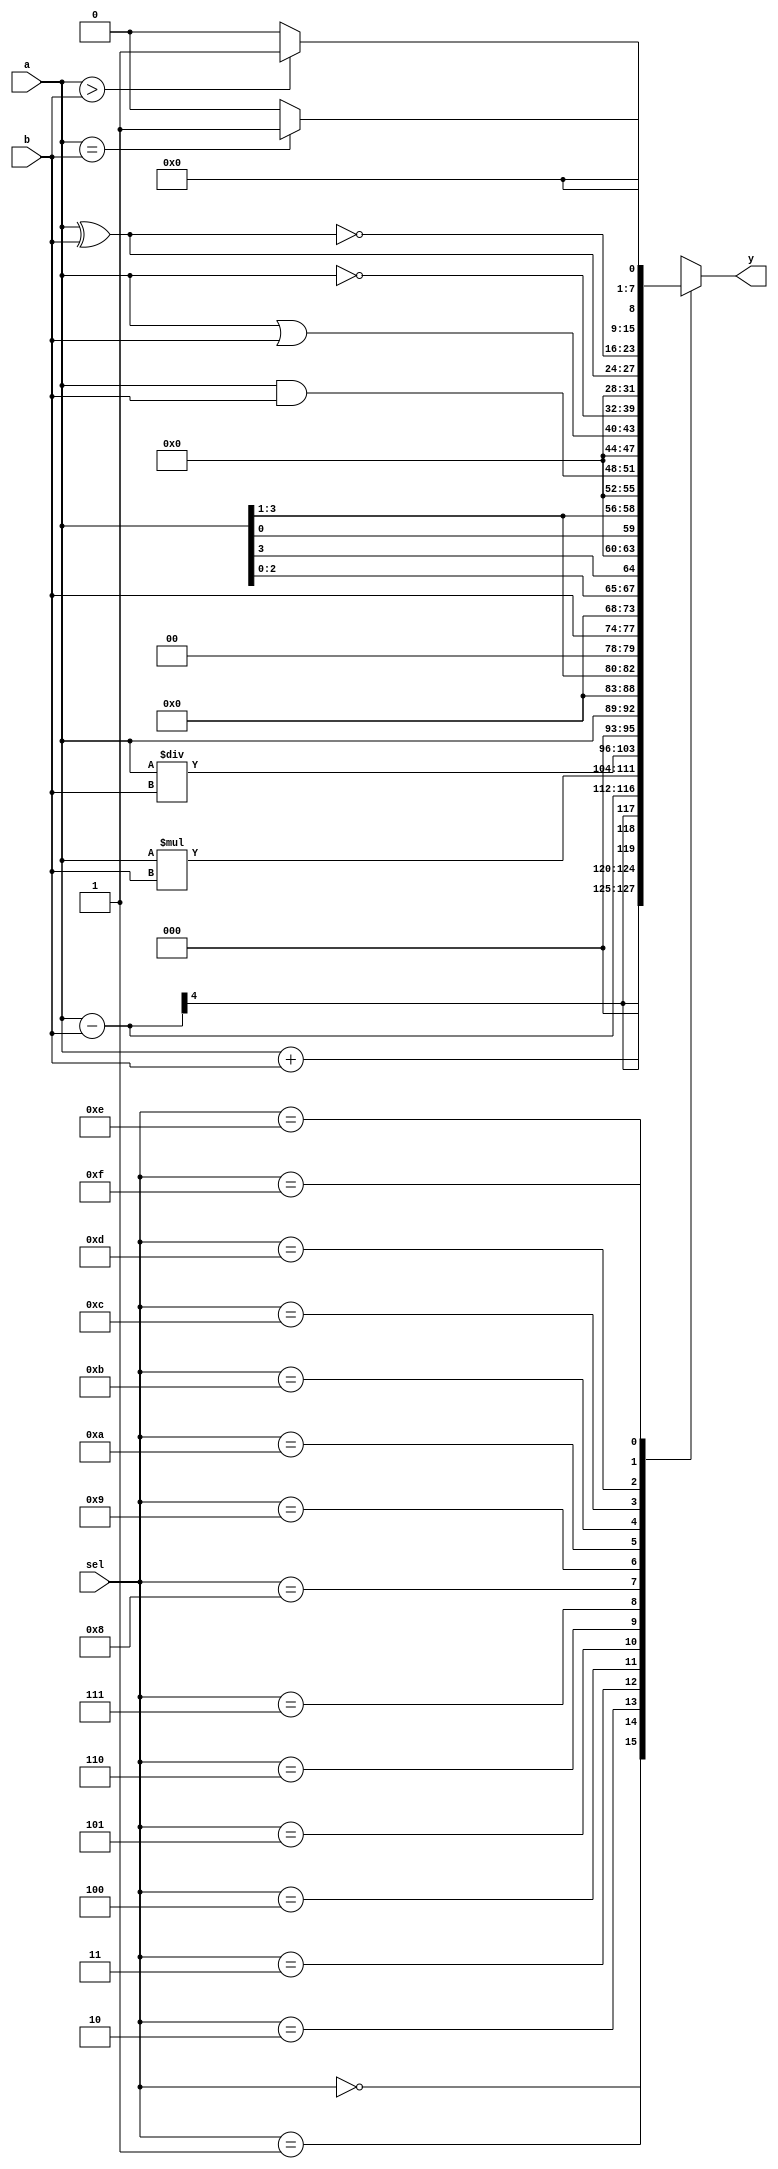
`timescale 1ns / 1ps

module alu_impl(
    input [3:0] a,
    input [3:0] b,
    input [3:0] sel,
    output reg [7:0] y
    );

always@(*) 
begin
   case(sel)
     4'b0000 : y = a + b;                //Add
     4'b0001 : y = a - b;                //Subtraction
     4'b0010 : y = a * b;                //Mul
     4'b0011 : y = a / b;                //Div
     4'b0100 : y = a << 1 ;              //Left Shift A value one time
     4'b0101 : y = a >> 1;               //Right Shift A value one time
     4'b0110 : y = b << 2;               //Left Shift B value two time
     4'b0111 : y = {a[2:0], a[3]};       //Rotate Left
     4'b1000 : y = {a[0], a[3:1]};       //Rotate Right
     4'b1001 : y = a & b;                //AND
     4'b1010 : y = a | b;                //OR
     4'b1011 : y = ~a;                   //NOT
     4'b1100 : y = a ^ b;                //XOR
     4'b1101 : y = ~(a ^ b);             //XNOR
     4'b1110 : y = (a>b)? 8'h1 : 8'h0;   //Greater Comparision
     4'b1111 : y = (a==b)? 8'h1 : 8'h0;  //Equal Comparision
     default : y = a + b;                //Default
   endcase
end
endmodule